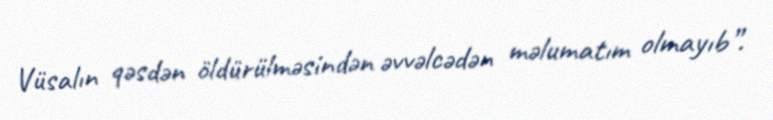
Vüsalın qəsdən öldürülməsindən əvvəlcədən məlumatım olmayıb”.